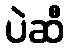
ပဲဆီ